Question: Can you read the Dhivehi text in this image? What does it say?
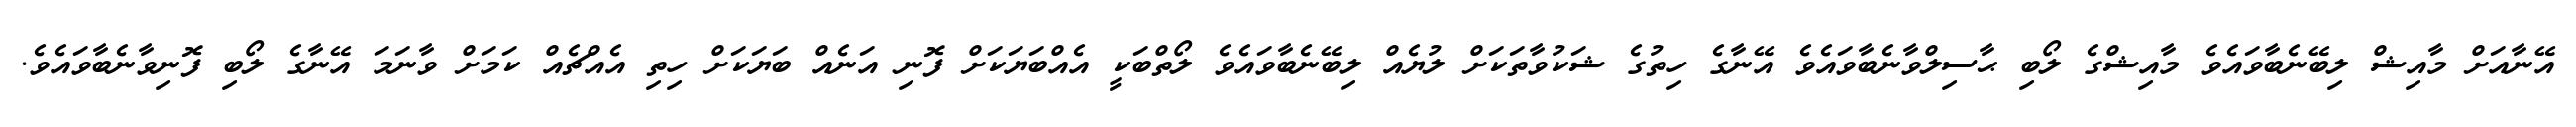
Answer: އޭނާއަށް މާއިޝް ލިބޭނެބާވައެވެ މާއިޝްގެ ލޯބި ޙާސިލްވާނެބާވައެވެ އޭނާގެ ހިތުގެ ޝަކުވާތަކަށް ލުޔެއް ލިބޭނެބާވައެވެ ލޯތްބަކީ އެއްބަޔަކަށް ފޮނި އަނެއް ބަޔަކަށް ހިތި އެއްޗެއް ކަމަށް ވާނަމަ އޭނާގެ ލޯބި ފޮނިވާނެބާވައެވެ.